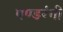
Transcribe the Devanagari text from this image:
पण्डरंगी